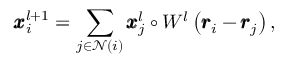
\pmb { x } _ { i } ^ { l + 1 } = \sum _ { j \in \mathcal { N } ( i ) } \pmb { x } _ { j } ^ { l } \circ W ^ { l } \left( \pmb { r } _ { i } - \pmb { r } _ { j } \right) ,